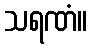
သရဏံ။